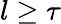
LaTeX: l\ge\tau